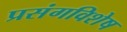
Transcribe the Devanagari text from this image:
प्रसंगविशेष